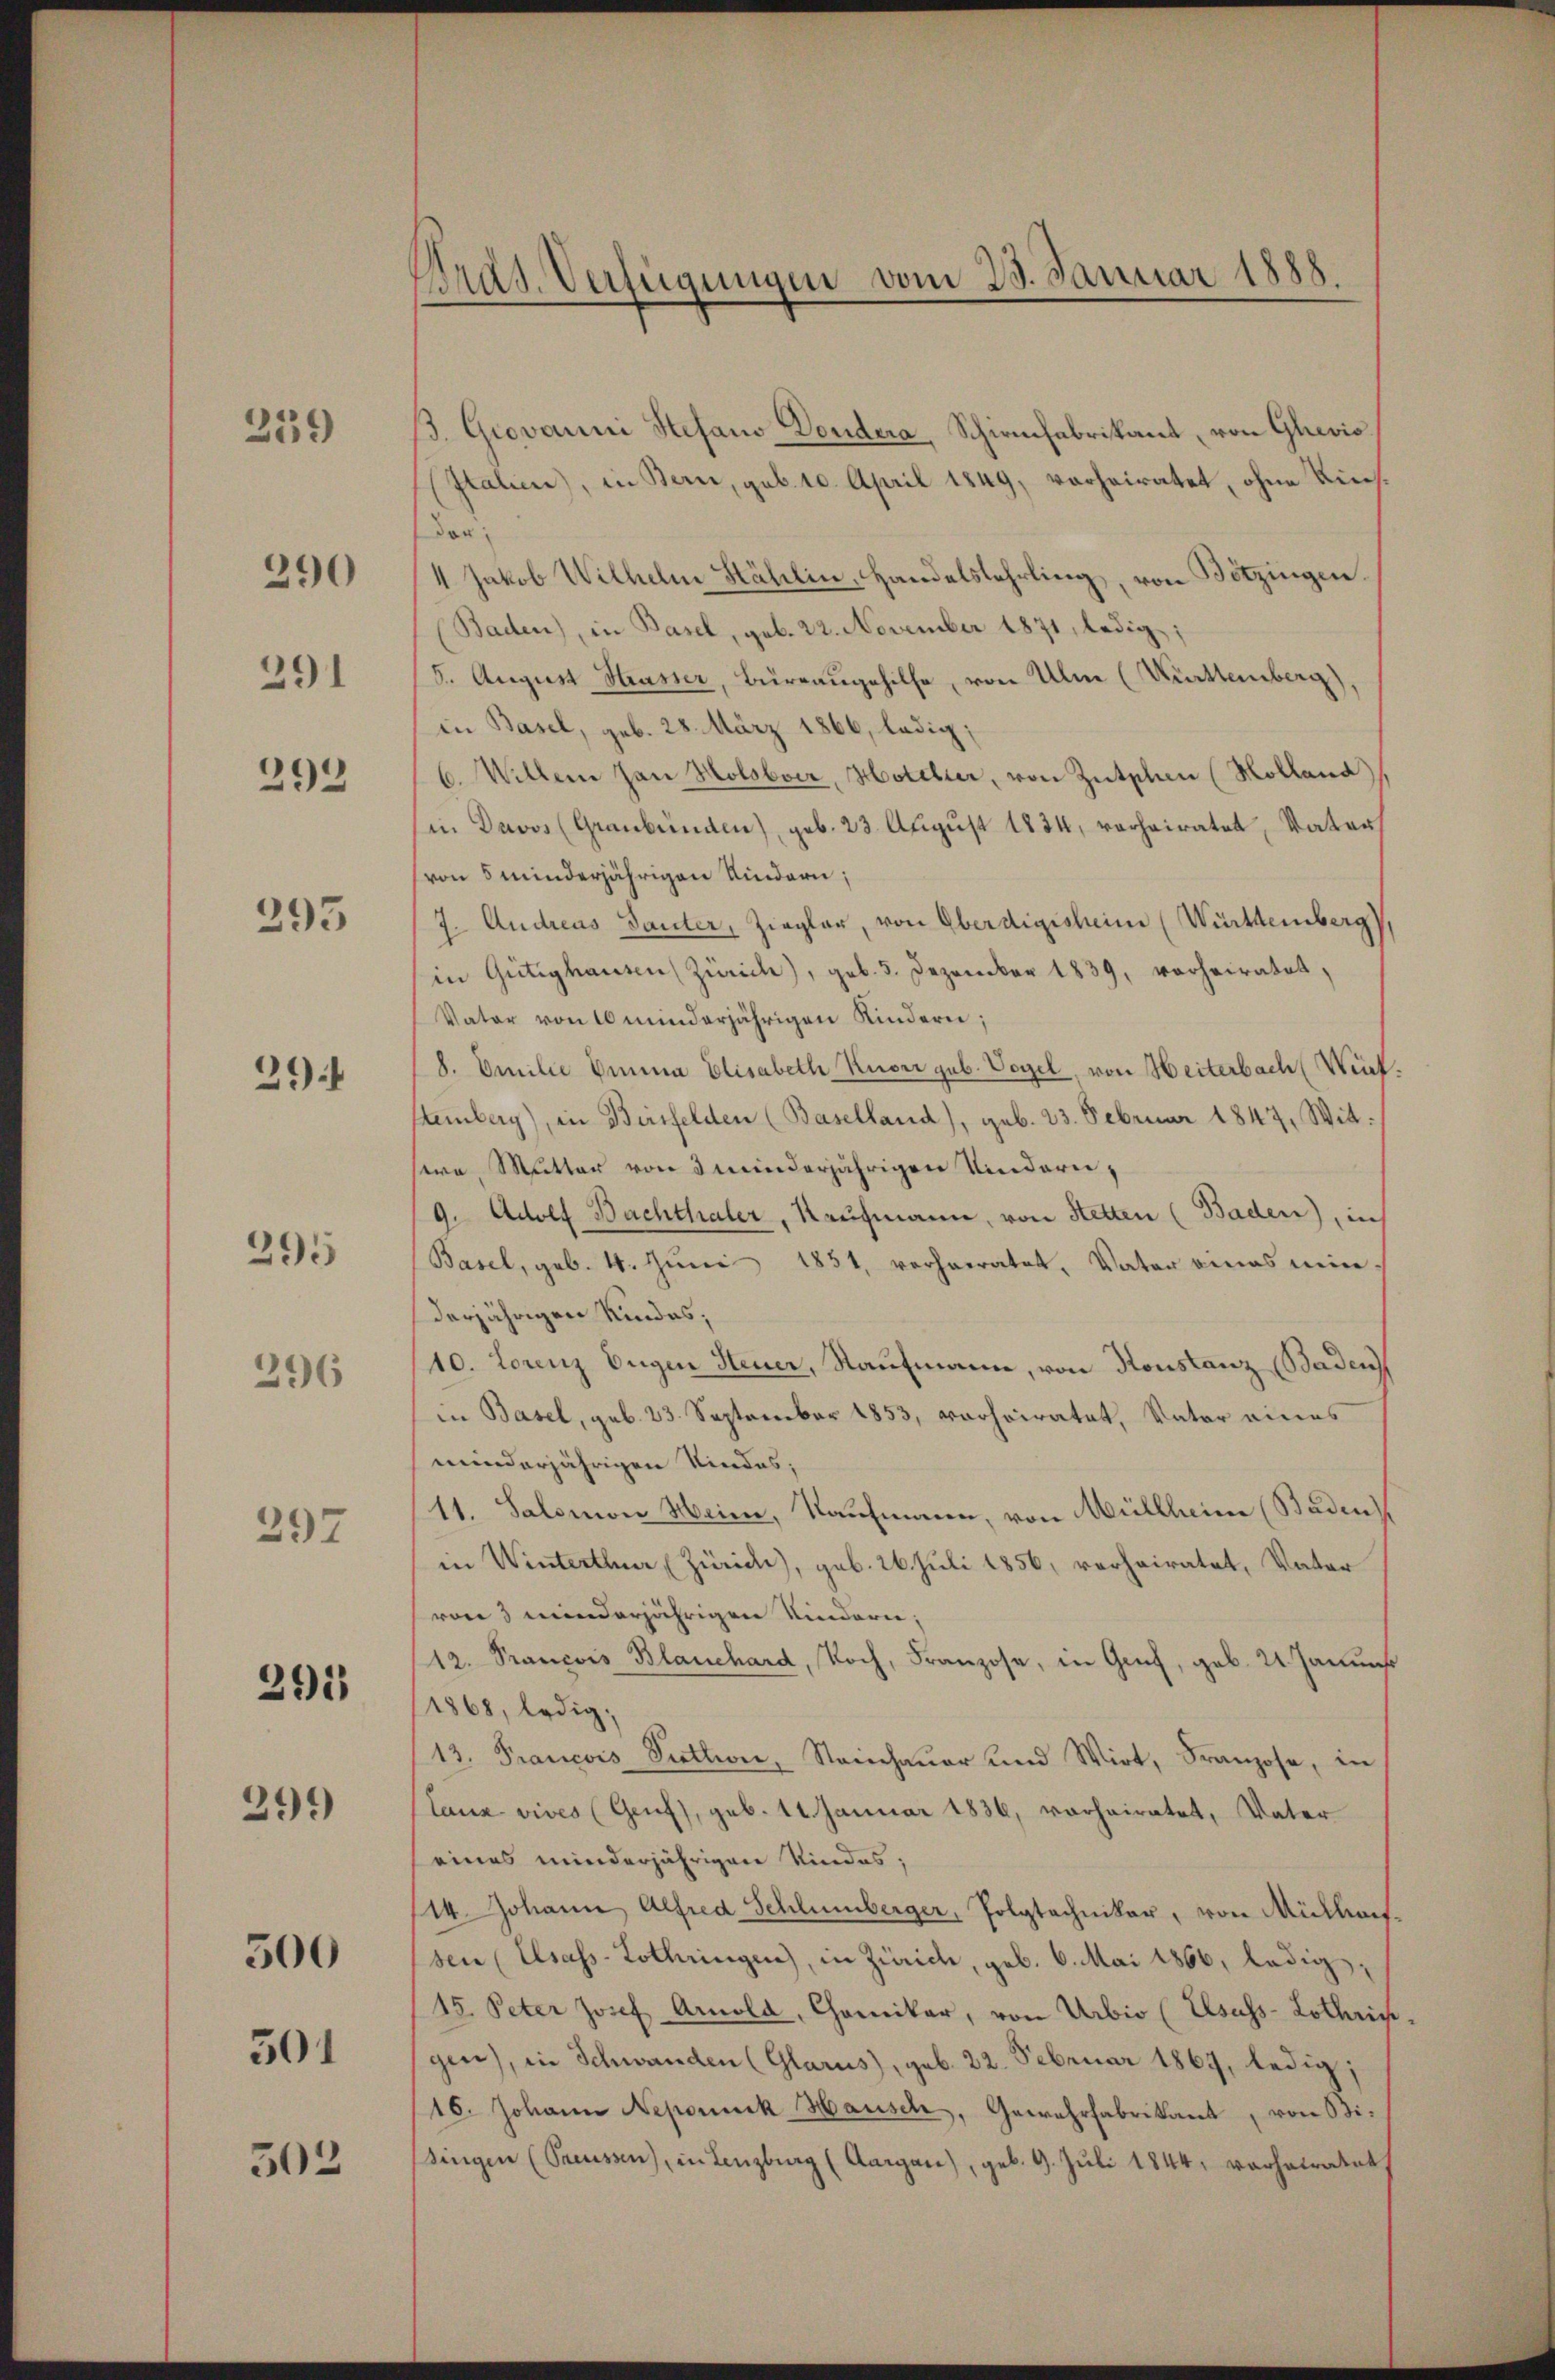
359)

290

291

293

295

29

395

296

297

2911

299

500
501

502

Brad. Verfügungen vom 23. Januar 1888.

3. Giovanni Stefano Dondera, Schirmfabrikant, von Glevis
Italien), in Bern, geb. 10. April 1849, vorheiratet, ohne Kinsdor
4 Jakob Wilhelm Stählin, Handelslehrling, von Botzingen.
(Baden), in Basel, geb. 22. November 1871, ledig;
5. August Hrasser, Bürrangehilfe, von Ulm (Württemberg),
in Basel, geb. 28. März 1866, ledig;
6. Willen han Holobver, Hotelier, von Zütschen (Holland)
in Davos (Graubünden), geb. 23. August 1834, verheiratet, Vater
(von 5 minderjährigen Kindern;
7. Andreas Bauter, Ziegler, von Oberdigisheim (Württemberg),
in Gütighausen (Zürich), geb. 5. Dezember 1839, vorheiratet,
Vater von 10 minderjährigen Kindern;
8. Emilie Emma Elisabeth Kuoni geb. Vogel, von Heiterbach Wint
Hemberg), in Bersfelden (Baselland), geb. 23. Februar 1847, Wittsere Mutter von 3 minderjährigen Kinderni¬
9. Adolf Bachthaler, Kaufmann, von Stetten (Baden), in
Basel, geb. 4. Juni 1851, verheiratet, Vater eines mir
derjährigen Kindes;
10. Lorenz Eugen Steuer, Naufmann, von Konstanz (Baden
in Basel, geb. 23. September 1853, vorheiratet, Vater eines
minderjährigen Kindes;
11. Salomon Heim, Kaufmann, von Müllheim (Baden
in Winterthur (Zürich), geb. 26. Juli 1856, verheiratet, Vater
von 3 minderjährigen Kindern;
12. Prancois Blanchard, Koch, Franzose, in Genf, geb. 2. Janus
1868, ledig,
13. Francois Pettin, Steinhauer und Wirt, Franzose, in
Lanz vives (Genf), geb. 14. Januar 1836, vorheiratet, Vater
eines minderjährigen Kindes;
/14. Johann Alfred Schlumberger, Polytechniker, von Mülhauf
sen (Elsass-Lothringen, in Zürich, geb. 6. Mai 1866, ledig,
15. Peter Josef Arnold, Chorikar, von Urbio (Elsass-Lothrig
gen), in Schwanden (Glarus), geb. 22. Februar 1867, ledig;
16. Johann Nepomuck Hausch, Gewehrfabrikant, von Bi-
singen (Preussen), in Lenzburg (Aargau), geb. 9. Juli 1844, verheiratet